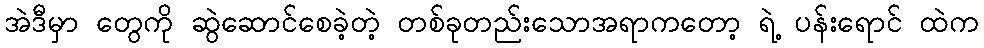
အဲဒီမှာ တွေကို ဆွဲဆောင်စေခဲ့တဲ့ တစ်ခုတည်းသောအရာကတော့ ရဲ့ ပန်းရောင် ထဲက